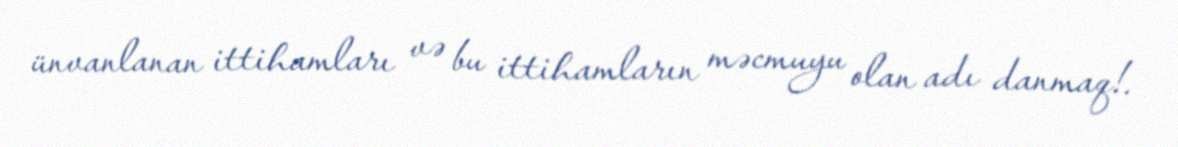
ünvanlanan ittihamları və bu ittihamların məcmuyu olan adı danmaq!.